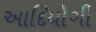
આદિયોગી